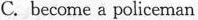
C.become a policeman